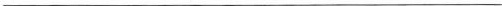
___